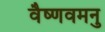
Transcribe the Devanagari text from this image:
वैष्णवमनु